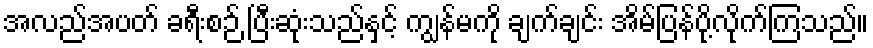
အလည်အပတ် ခရီးစဉ် ပြီးဆုံးသည်နှင့် ကျွန်မကို ချက်ချင်း အိမ်ပြန်ပို့လိုက်ကြသည်။